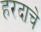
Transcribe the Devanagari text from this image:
हरदाचे